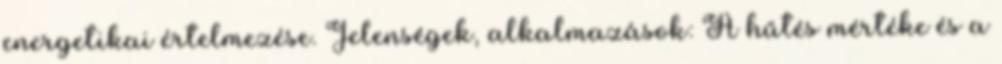
energetikai értelmezése. Jelenségek, alkalmazások: A hűtés mértéke és a